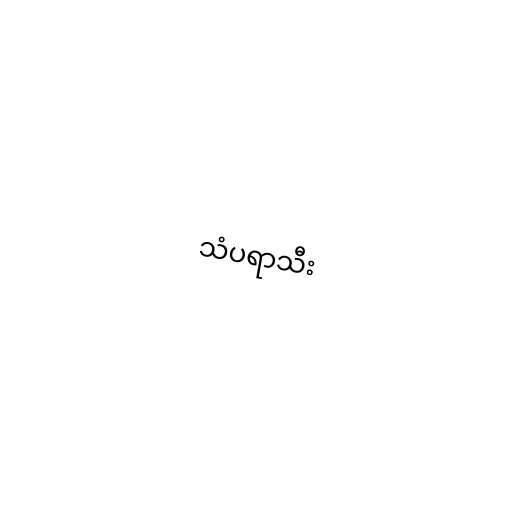
သံပရာသီး